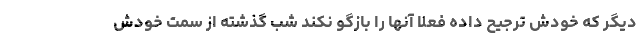
دیگر که خودش ترجیح داده فعلاً آنها را بازگو نکند شب گذشته از سمت خودش